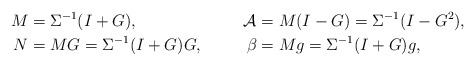
\begin{align*}M &= \Sigma^{-1} (I + G), & \mathcal{A} &= M (I-G) = \Sigma^{-1} (I-G^2), \\N &= MG = \Sigma^{-1}(I+G)G, & \beta &= Mg = \Sigma^{-1}(I+G) g,\end{align*}